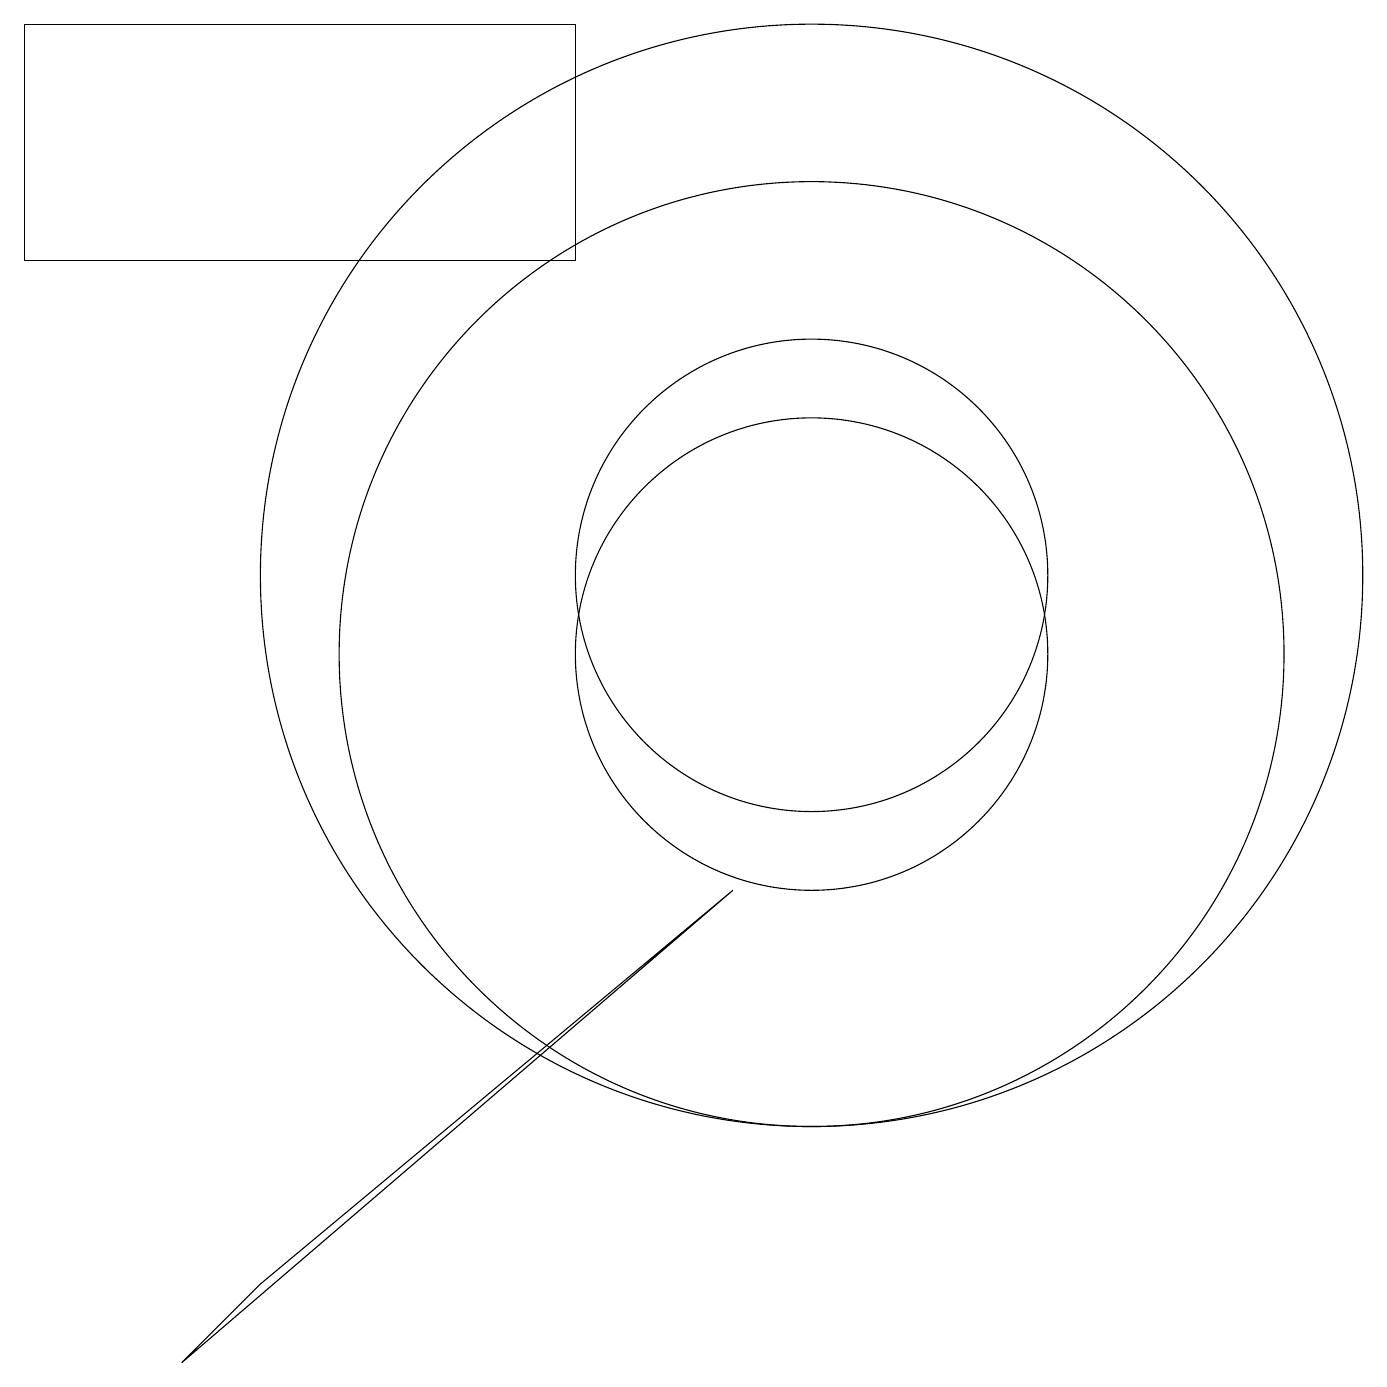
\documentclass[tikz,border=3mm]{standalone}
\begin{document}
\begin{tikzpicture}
\draw (10,12) circle (3);
\draw (9,8) -- (2,2) -- (3,3) -- cycle;
\draw (10,11) circle (3);
\draw (7,16) rectangle (0,19);
\draw (10,11) circle (6);
\draw (10,12) circle (7);
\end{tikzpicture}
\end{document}